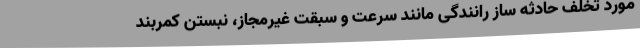
مورد تخلف حادثه ساز رانندگی مانند سرعت و سبقت غیرمجاز، نبستن کمربند